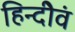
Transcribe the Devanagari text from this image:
हिन्दीेवं